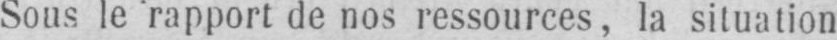
Sous le rapport de nos ressources, la situation